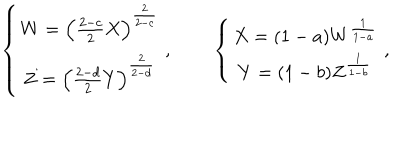
LaTeX: \left\{ \begin{matrix} { { W = \left( { \frac { 2 - c } { 2 } } X \right) ^ { \frac { 2 } { 2 - c } } } } \\ { { Z = \left( { \frac { 2 - d } { 2 } } Y \right) ^ { \frac { 2 } { 2 - d } } } } \\ \end{matrix} \right. , \left\{ \begin{matrix} { { X = ( 1 - a ) W ^ { \frac { 1 } { 1 - a } } } } \\ { { Y = ( 1 - b ) Z ^ { \frac { 1 } { 1 - b } } } } \\ \end{matrix} \right. ,